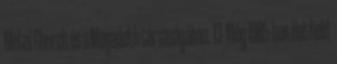
Metal Church és a Megadeth társaságában. 13 Még 1985-ben Hetfield